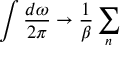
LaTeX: \int \frac { d \omega } { 2 \pi } \rightarrow \frac { 1 } { \beta } \sum _ { n }